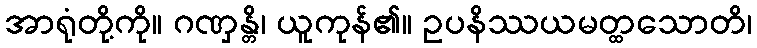
အာရုံတို့ကို။ ဂဏှန္တိ၊ ယူကုန်၏။ ဥပနိဿယမတ္ထသောတိ၊